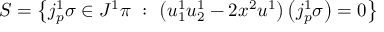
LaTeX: S = \left\{ j _ { p } ^ { 1 } \sigma \in J ^ { 1 } \pi \ : \ \left( u _ { 1 } ^ { 1 } u _ { 2 } ^ { 1 } - 2 x ^ { 2 } u ^ { 1 } \right) \left( j _ { p } ^ { 1 } \sigma \right) = 0 \right\}